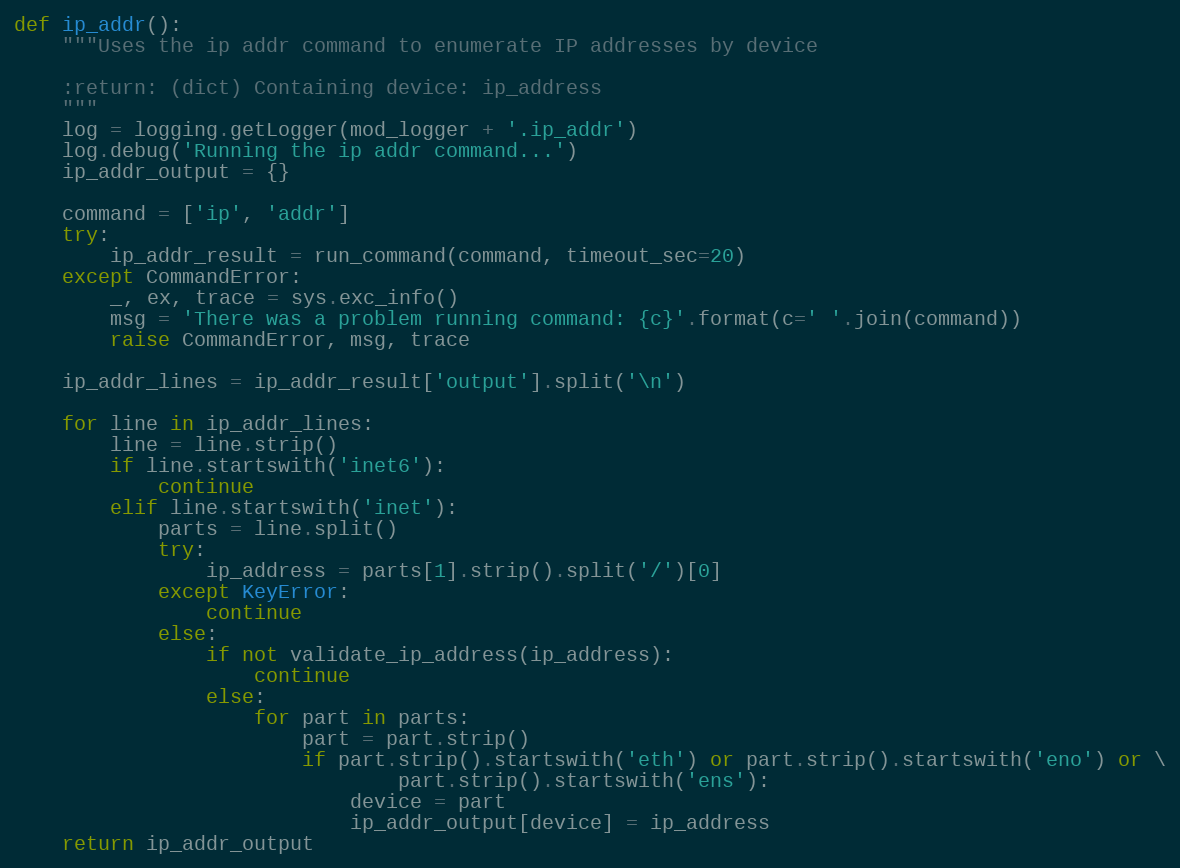
Language: Python
def ip_addr():
    """Uses the ip addr command to enumerate IP addresses by device

    :return: (dict) Containing device: ip_address
    """
    log = logging.getLogger(mod_logger + '.ip_addr')
    log.debug('Running the ip addr command...')
    ip_addr_output = {}

    command = ['ip', 'addr']
    try:
        ip_addr_result = run_command(command, timeout_sec=20)
    except CommandError:
        _, ex, trace = sys.exc_info()
        msg = 'There was a problem running command: {c}'.format(c=' '.join(command))
        raise CommandError, msg, trace

    ip_addr_lines = ip_addr_result['output'].split('\n')

    for line in ip_addr_lines:
        line = line.strip()
        if line.startswith('inet6'):
            continue
        elif line.startswith('inet'):
            parts = line.split()
            try:
                ip_address = parts[1].strip().split('/')[0]
            except KeyError:
                continue
            else:
                if not validate_ip_address(ip_address):
                    continue
                else:
                    for part in parts:
                        part = part.strip()
                        if part.strip().startswith('eth') or part.strip().startswith('eno') or \
                                part.strip().startswith('ens'):
                            device = part
                            ip_addr_output[device] = ip_address
    return ip_addr_output